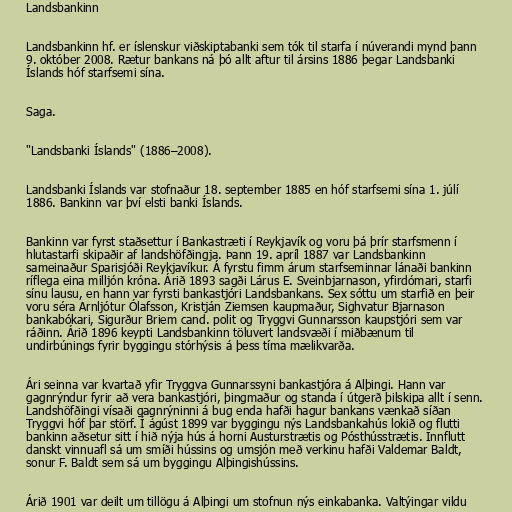
Landsbankinn

Landsbankinn hf. er íslenskur viðskiptabanki sem tók til starfa í núverandi mynd þann
9. október 2008. Rætur bankans ná þó allt aftur til ársins 1886 þegar Landsbanki
Íslands hóf starfsemi sína.

Saga.

"Landsbanki Íslands" (1886–2008).

Landsbanki Íslands var stofnaður 18. september 1885 en hóf starfsemi sína 1. júlí
1886. Bankinn var því elsti banki Íslands.

Bankinn var fyrst staðsettur í Bankastræti í Reykjavík og voru þá þrír starfsmenn í
hlutastarfi skipaðir af landshöfðingja. Þann 19. apríl 1887 var Landsbankinn
sameinaður Sparisjóði Reykjavíkur. Á fyrstu fimm árum starfseminnar lánaði bankinn
ríflega eina milljón króna. Árið 1893 sagði Lárus E. Sveinbjarnason, yfirdómari, starfi
sínu lausu, en hann var fyrsti bankastjóri Landsbankans. Sex sóttu um starfið en þeir
voru séra Arnljótur Ólafsson, Kristján Ziemsen kaupmaður, Sighvatur Bjarnason
bankabókari, Sigurður Briem cand. polit og Tryggvi Gunnarsson kaupstjóri sem var
ráðinn. Árið 1896 keypti Landsbankinn töluvert landsvæði í miðbænum til
undirbúnings fyrir byggingu stórhýsis á þess tíma mælikvarða.

Ári seinna var kvartað yfir Tryggva Gunnarssyni bankastjóra á Alþingi. Hann var
gagnrýndur fyrir að vera bankastjóri, þingmaður og standa í útgerð þilskipa allt í senn.
Landshöfðingi vísaði gagnrýninni á bug enda hafði hagur bankans vænkað síðan
Tryggvi hóf þar störf. Í ágúst 1899 var byggingu nýs Landsbankahús lokið og flutti
bankinn aðsetur sitt í hið nýja hús á horni Austurstrætis og Pósthússtrætis. Innflutt
danskt vinnuafl sá um smíði hússins og umsjón með verkinu hafði Valdemar Baldt,
sonur F. Baldt sem sá um byggingu Alþingishússins.

Árið 1901 var deilt um tillögu á Alþingi um stofnun nýs einkabanka. Valtýingar vildu